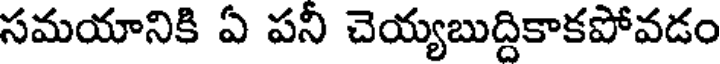
సమయానికి ఏ పనీ చెయ్యబుద్దికాకపోవడం